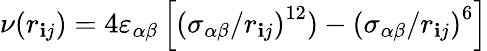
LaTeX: \nu\! \left(r_{\mathbf{i}j}\right)=4\varepsilon_{\alpha\beta}\left[\left(\sigma_{\alpha\beta}/r_{\mathbf{i}j}\right)^{12})-\left(\sigma_{\alpha\beta}/r_{\mathbf{i}j}\right)^{6}\right]